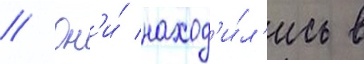
// Он'и́ наход'и́л'ись в